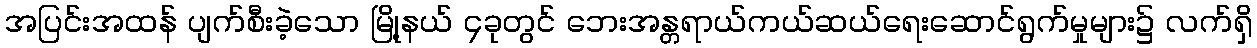
အပြင်းအထန် ပျက်စီးခဲ့သော မြို့နယ် ၄ခုတွင် ဘေးအန္တရာယ်ကယ်ဆယ်ရေးဆောင်ရွက်မှုများ၌ လက်ရှိ